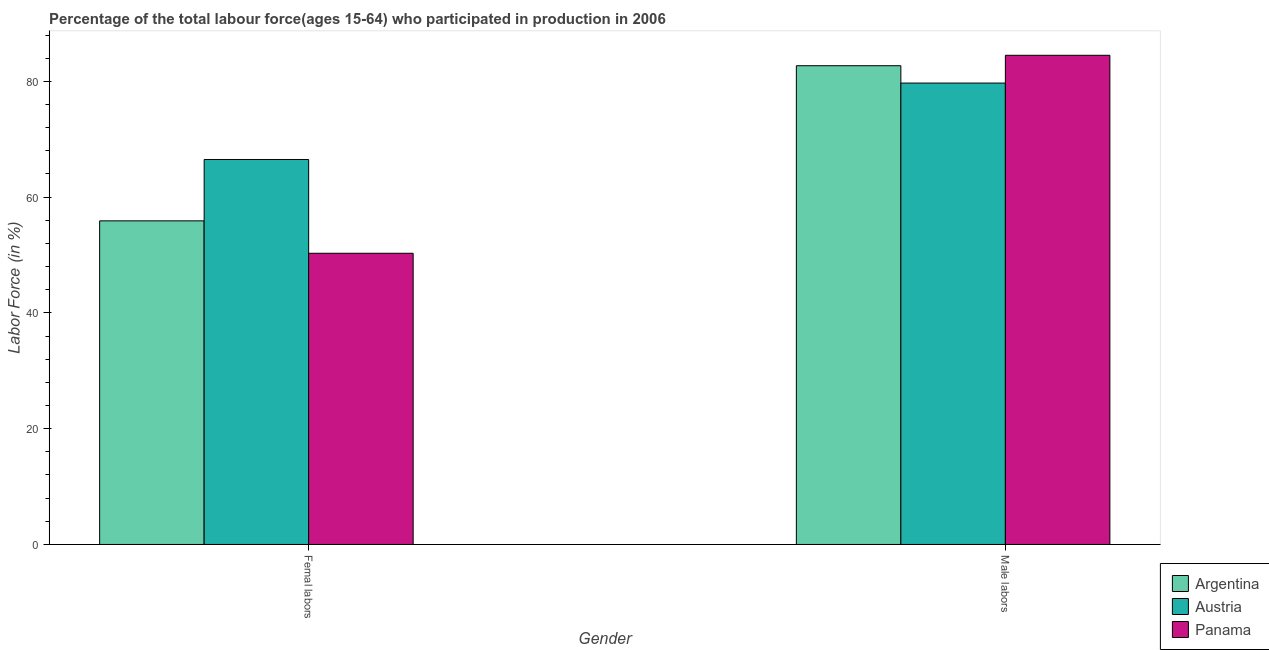
| Gender | Argentina | Austria | Panama |
 | --- | --- | --- | --- |
 | Femal labors | 55.9 | 66.5 | 50.3 |
 | Male labors | 82.7 | 79.7 | 84.5 |